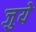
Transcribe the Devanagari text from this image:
जुये